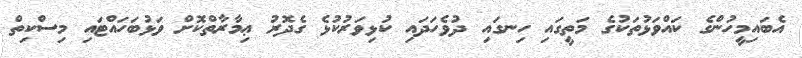
އެބައިމީހުންގެ ކައްވަޅުތަކުގެ މަތީގައި ހިނގައި ދުވެހަދައި ކުޅިވަރުކުޅެ ގެދޮރު ޢިމާރާތްކޮށް ވަޅުބަހައްޓައި މިސްކިތް